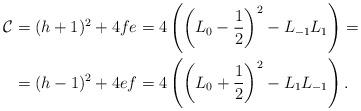
LaTeX: \begin{align*}\mathcal C&=(h+1)^2+4fe=4\left(\left(L_0-\frac{1}{2}\right)^2-L_{-1}L_1\right)=\\&=(h-1)^2+4ef=4\left(\left(L_0+\frac{1}{2}\right)^2-L_{1}L_{-1}\right).\end{align*}